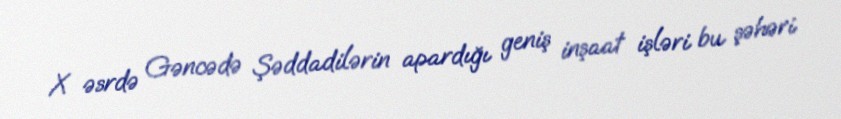
X əsrdə Gəncədə Şəddadilərin apardığı geniş inşaat işləri bu şəhəri